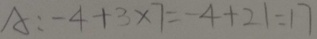
A : - 4 + 3 \times 7 = - 4 + 2 1 = 1 7